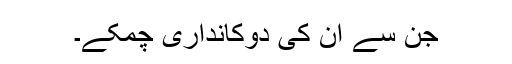
جن سے ان کی دوکانداری چمکے۔